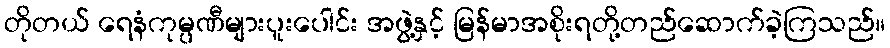
တိုတယ် ရေနံကုမ္ပဏီများပူးပေါင်း အဖွဲ့နှင့် မြန်မာအစိုးရတို့တည်ဆောက်ခဲ့ကြသည်။